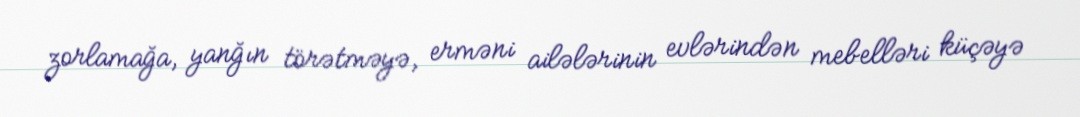
zorlamağa, yanğın törətməyə, erməni ailələrinin evlərindən mebelləri küçəyə